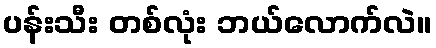
ပန်းသီး တစ်လုံး ဘယ်လောက်လဲ။